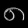
Digit: ၈